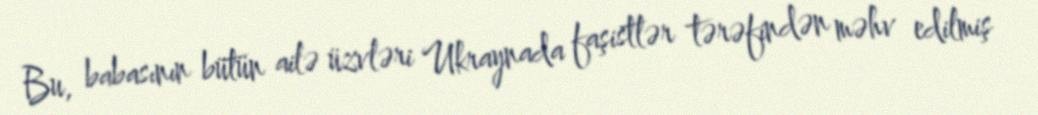
Bu, babasının bütün ailə üzvləri Ukraynada faşistlər tərəfindən məhv edilmiş